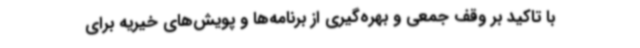
با تاکید بر وقف جمعی و بهره‌گیری از برنامه‌ها و پویش‌های خیریه برای